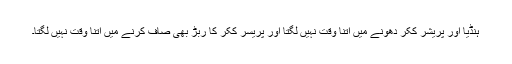
ہنڈیا اور پریشر ککر دھونے میں اتنا وقت نہیں لگتا اور پریسر ککر کا ربڑ بھی صاف کرنے میں اتنا وقت نہیں لگتا۔